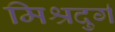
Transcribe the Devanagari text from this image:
मिश्रदुर्ग